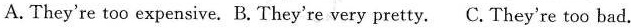
A. They're too expensive. B. They're very pretty. C. They're too bad.